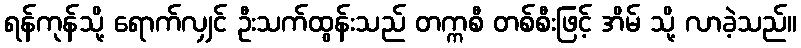
ရန်ကုန်သို့ ရောက်လျှင် ဦးသက်ထွန်းသည် တက္ကစီ တစ်စီးဖြင့် အိမ် သို့ လာခဲ့သည်။